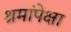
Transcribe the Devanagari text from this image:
श्रमांपेक्षा